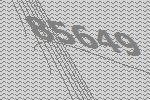
85649